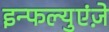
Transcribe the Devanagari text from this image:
इन्फल्युएंज़े